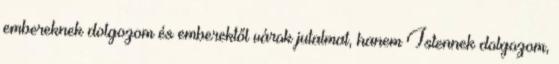
embereknek dolgozom és emberektől várok jutalmat, hanem Istennek dolgozom,